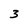
Character: 3